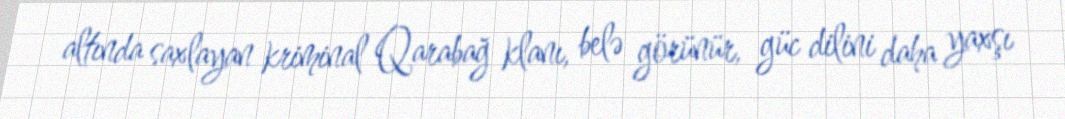
altında saxlayan kriminal Qarabağ klanı, belə görünür, güc dilini daha yaxşı